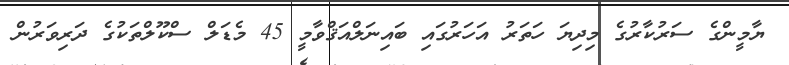
ޔާމީންގެ ސަރުކާރުގެ މިދިޔަ ހަތަރު އަހަރުގައި ބައިނަލްއަޤްވާމީ 45 މެޑަލް ސްކޫލްތަކުގެ ދަރިވަރުން